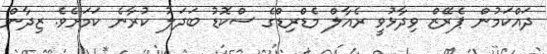
ދައްކަމުން ޕެރޭޒް ވިދާޅުވީ ރެއާލް މެޑްރިޑްގެ ސްކޮޑު ބަދަލު ކުރާނެ ކަމަށެވެ. ޒިދާން